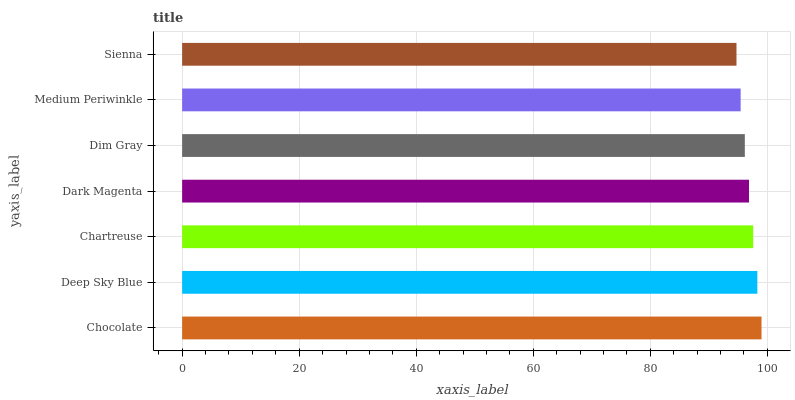
| yaxis_label | bars |
 | --- | --- |
 | Chocolate | 99 |
 | Deep Sky Blue | 98.3 |
 | Chartreuse | 97.6 |
 | Dark Magenta | 96.9 |
 | Dim Gray | 96.1 |
 | Medium Periwinkle | 95.4 |
 | Sienna | 94.7 |